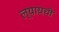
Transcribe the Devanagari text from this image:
ल्यायची